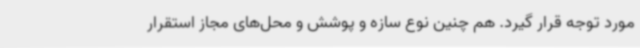
مورد توجه قرار گیرد. هم چنین نوع سازه و پوشش و محل‌های مجاز استقرار